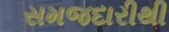
સમજદારીથી